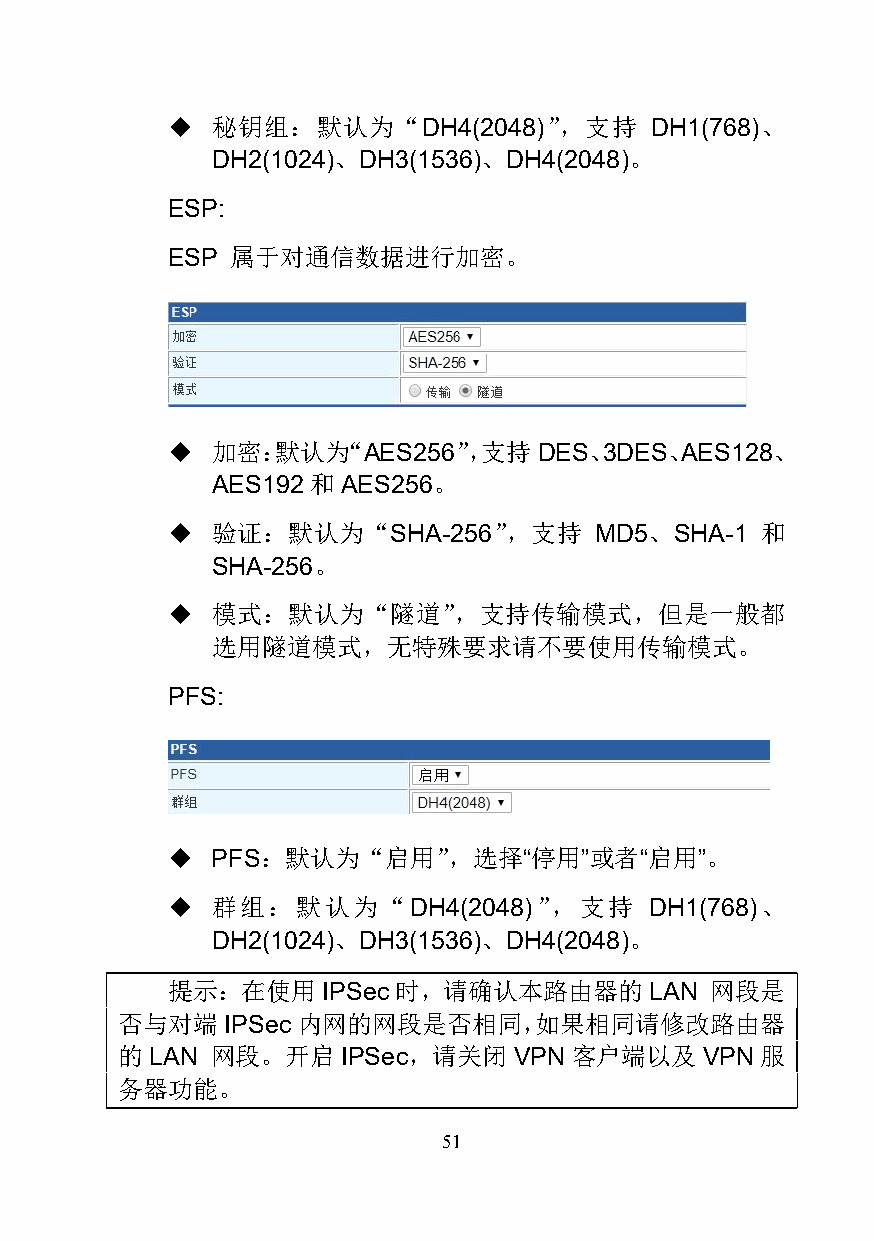
  秘钥组：默认为“DH4(2048)”，支持        DH1(768)、
 DH2(1024)、DH3(1536)、DH4(2048)。
 ESP:
 ESP 属于对通信数据进行加密。
   加密：默认为“AES256”，支持     DES、3DES、AES128、
 AES192 和 AES256。
   验证：默认为“SHA-256”，支持       MD5、SHA-1  和
 SHA-256。
   模式：默认为“隧道”，支持传输模式，但是一般都
 选用隧道模式，无特殊要求请不要使用传输模式。
 PFS:
   PFS：默认为“启用”，选择“停用”或者“启用”。
   群组：默认为“DH4(2048)”，支持         DH1(768)、
 DH2(1024)、DH3(1536)、DH4(2048)。
 提示：在使用    IPSec时，请确认本路由器的       LAN 网段是
 否与对端   IPSec内网的网段是否相同，如果相同请修改路由器
 的 LAN 网段。开启    IPSec，请关闭  VPN 客户端以及    VPN 服
 务器功能。
 51